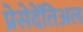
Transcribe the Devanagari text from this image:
प्रेसेदेंतिअल